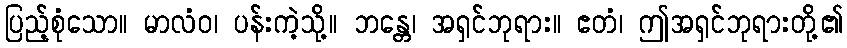
ပြည့်စုံသော။ မာလံဝ၊ ပန်းကဲ့သို့။ ဘန္တေ၊ အရှင်ဘုရား။ ဧတံ၊ ဤအရှင်ဘုရားတို့၏